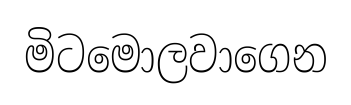
මිටමොලවාගෙන